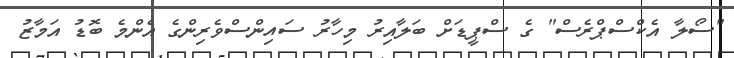
"ސޯލާ އެކްސްޕްރެސް" ގެ ސްޕީޑަށް ބަލާއިރު މިހާރު ސައިންސްވެރިންގެ އެންމެ ބޮޑު އަމާޒު